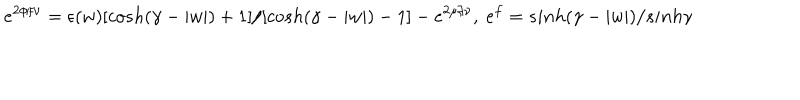
LaTeX: e ^ { 2 \phi / \nu } = \epsilon ( w ) [ c o s h ( \gamma - | w | ) + 1 ] / [ c o s h ( \gamma - | w | ) - 1 ] - e ^ { 2 \mu / \nu } , ~ e ^ { f } = s i n h ( \gamma - | w | ) / s i n h \gamma